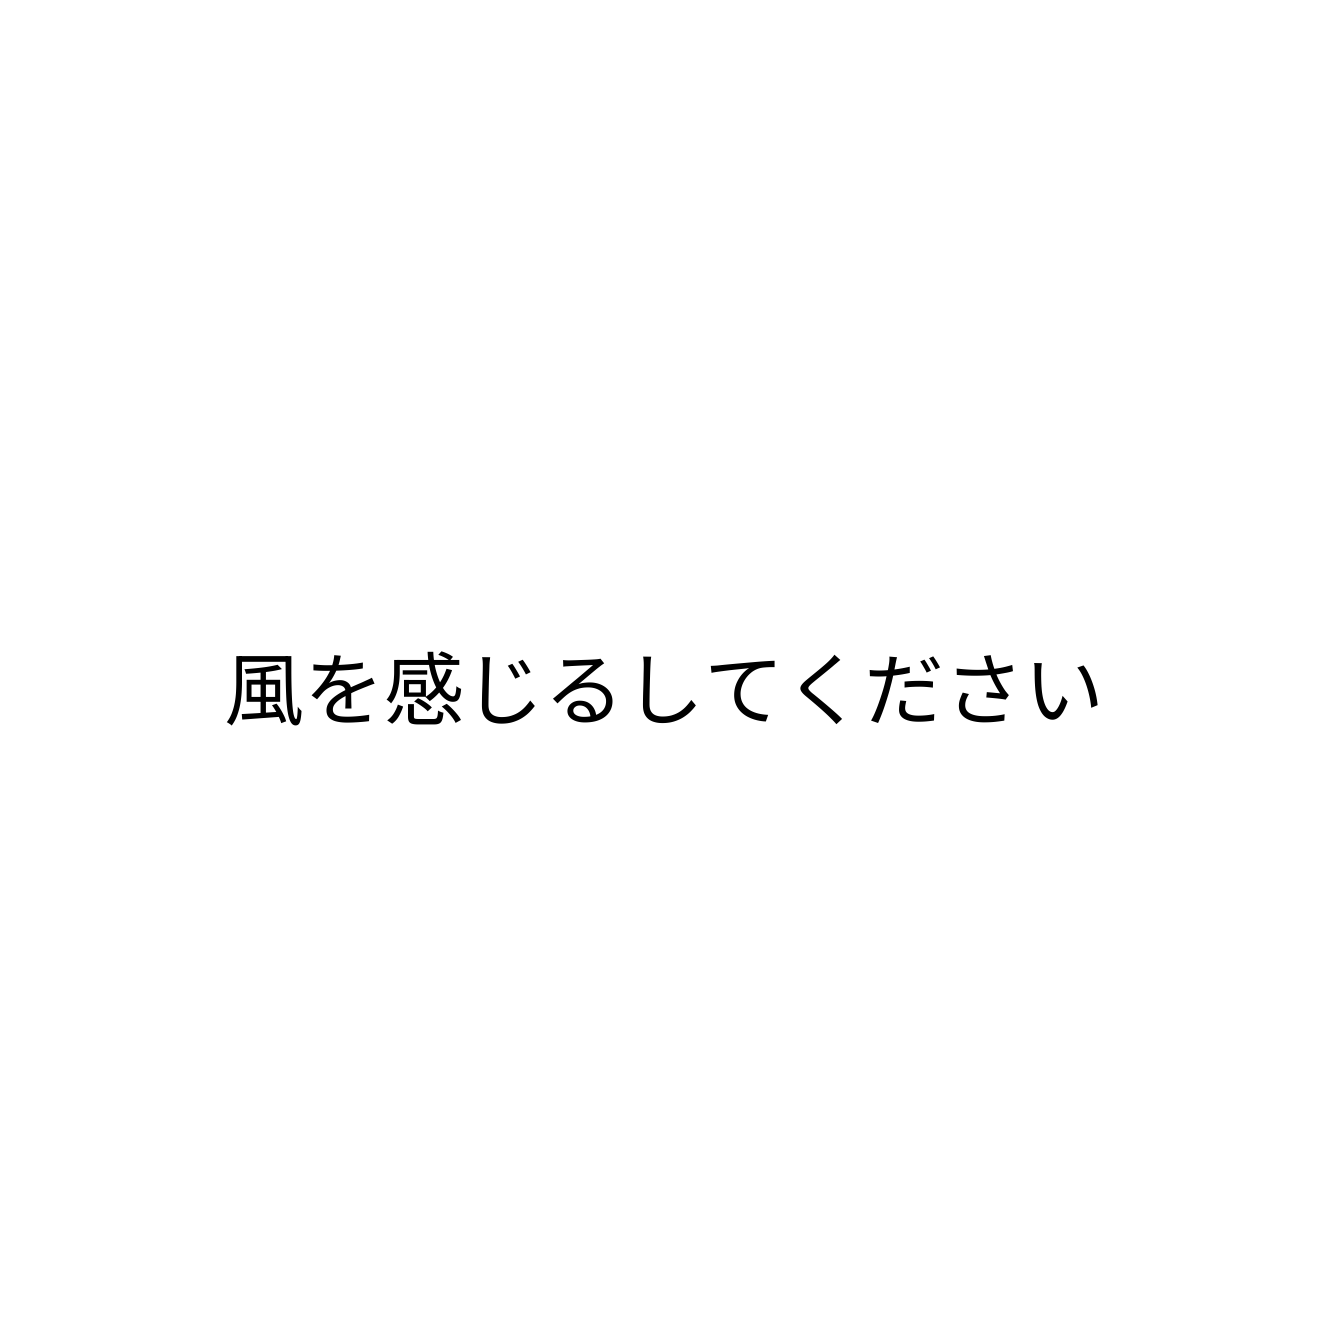
風を感じるしてください